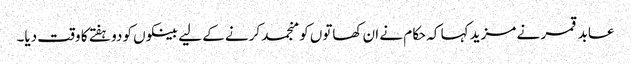
عابد قمر نے مزید کہا کہ حکام نے ان کھاتوں کو منجمد کرنے کے لیے بینکوں کو دو ہفتے کا وقت دیا۔